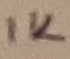
Text: 1K